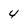
Character: 4